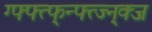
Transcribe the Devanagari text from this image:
ग्फ्फ्त्फ्न्फ्त्ज्न्क्ज